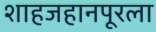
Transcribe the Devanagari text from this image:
शाहजहानपूरला